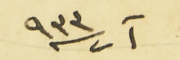
آب سنة ٩٣٣